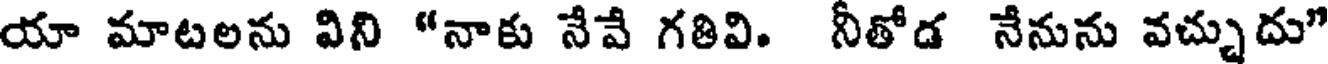
యా మాటలను విని "నాకు నేవే గతివి. నీతోడ నేనును వచ్చుదు"